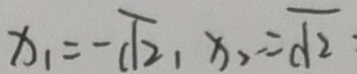
x _ { 1 } = - \sqrt { 2 1 } x _ { 2 } = \sqrt { 2 }